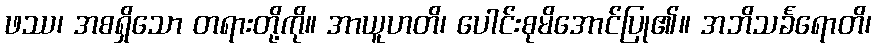
ဖဿ၊ အစရှိသော တရားတို့ကို။ အာယူဟတိ၊ ပေါင်းစုမိအောင်ပြု၏။ အဘိသင်္ခရောတိ၊